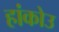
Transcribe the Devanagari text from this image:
हांकोउ